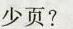
少页?